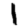
Digit: 1